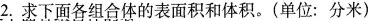
2.求下面各组合体的表面积和体积。(单位：分米)